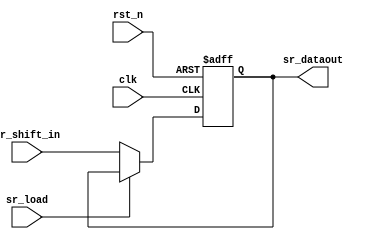
// SPDX-License-Identifier: Apache-2.0
// Copyright (C) 2019 Intel Corporation. All rights reserved
module hdpldadapt_sr_out_bit
 #(
    parameter RESET_VAL = 0     // Reset value
  )
(
input wire  sr_shift_in,
input wire  sr_load,
input wire  clk,
input wire  rst_n,

output reg  sr_dataout
);

localparam reset_value = (RESET_VAL == 1) ? 1'b1 : 1'b0;

always @(negedge rst_n or posedge clk)
  if (rst_n == 1'b0)
    begin
      sr_dataout <= reset_value;
    end
  else
    begin
      sr_dataout <= (!sr_load) ? sr_shift_in : sr_dataout;
    end


endmodule